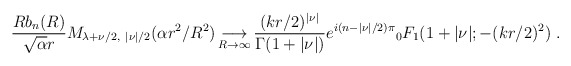
\begin{align*}{Rb_{n}(R)\over\sqrt{\alpha}r}M_{\lambda+\nu/2,\ |\nu|/2}(\alpha r^{2}/R^{2})\mathop{\longrightarrow}\limits_{R\rightarrow\infty}{(kr/2)^{|\nu|}\over\Gamma(1+|\nu|)}e^{i(n-|\nu|/2)\pi}{}_{0}F_{1}(1+|\nu|;-(kr/2)^{2})\ .\end{align*}